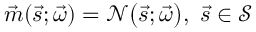
\vec { m } ( \vec { s } ; \vec { \omega } ) = \mathcal { N } \big ( \vec { s } ; \vec { \omega } \big ) , \, \, \vec { s } \in \mathcal { S }